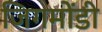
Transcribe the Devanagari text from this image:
जिगमोंडी